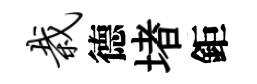
栽德堵鉅